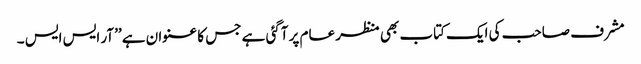
مشرف صاحب کی ایک کتاب بھی منظر عام پر آگئی ہے جس کا عنوان ہے ’’آر ایس ایس ۔